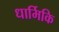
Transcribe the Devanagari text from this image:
धार्मिकि